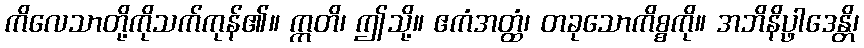
ကိလေသာတို့ကိုသက်ကုန်၏။ ဣတိ၊ ဤသို့။ ဧကံအတ္ထံ၊ တခုသောကိစ္စကို။ အဘိနိပ္ဖာဒေန္တိ၊